Civil Veterinary Department. United Provinces 1912-22 - 1912-1922
Year: 1912
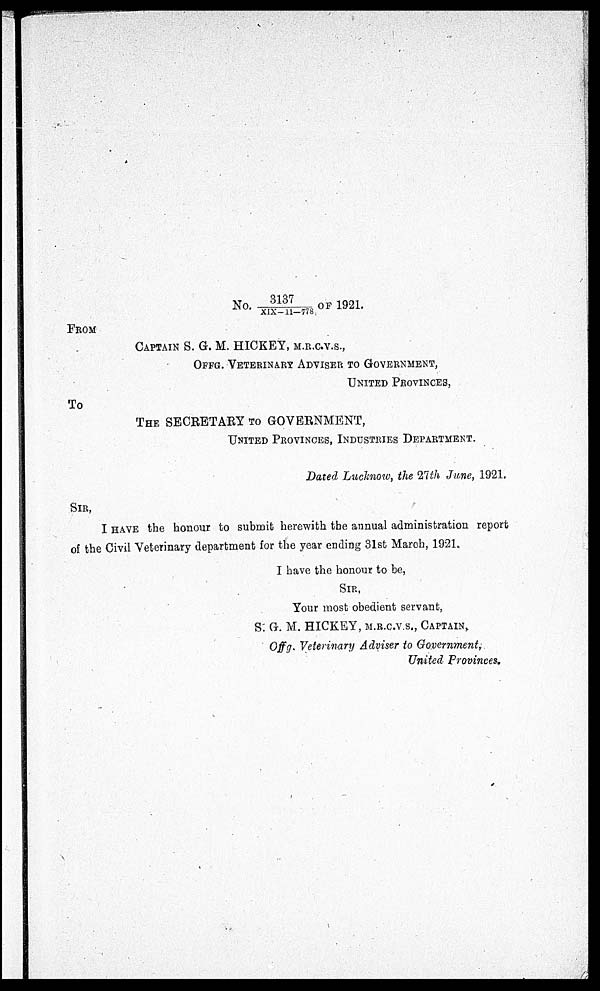
No. 3137/XIX-11-778 OF 1921.
FROM
CAPTAIN S. G. M. HICKEY, M.R.C.V.S.,
OFFG. VETERINARY ADVISER TO GOVERNMENT,
UNITED PROVINCES,
TO
THE SECRETARY TO GOVERNMENT,
UNITED PROVINCES, INDUSTRIES DEPARTMENT.
Dated Lucknow, the With June, 1921.
SIR,
I HAVE the honour to submit herewith the annual administration report
of the Civil Veterinary department for the year ending 31st March, 1921.
I have the honour to be,
SIR,
Your most obedient servant,
S. G. M. HICKEY, M.R.C.V.S., CAPTAIN,
Offg. Veterinary Adviser to Government,
United Provinces.